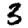
Digit: 3